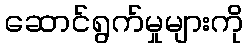
ဆောင်ရွက်မှုများကို